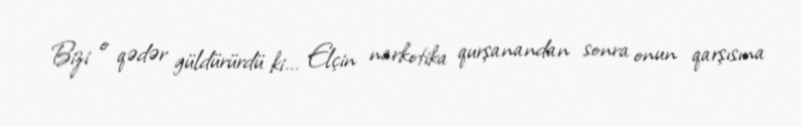
Bizi o qədər güldürürdü ki... Elçin narkotika qurşanandan sonra onun qarşısına